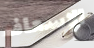
الإسعاف